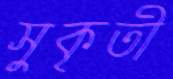
সুকৃতী